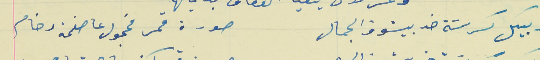
وبيكل كرسَة خد بيشوف الجمال                               صورة قمر مخجول عا صفحة رخام